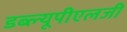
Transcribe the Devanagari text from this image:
डब्ल्यूपीएलजी